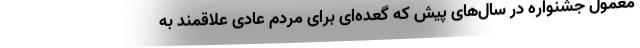
معمول جشنواره در سال‌های پیش که گعده‌ای برای مردم عادی علاقمند به